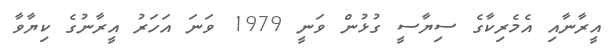
އީރާނާއި އެމެރިކާގެ ސިޔާސީ ގުޅުން ވަނީ 1979 ވަނަ އަހަރު އީރާނުގެ ކިޔާވާ